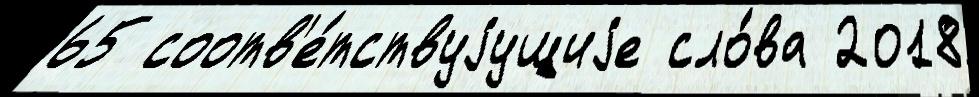
65 соотв'е́тствуjущиjе сло́ва 2018